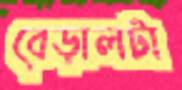
বেড়ালটা